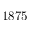
1 8 7 5